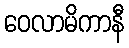
ဝေလာမိကာနီ